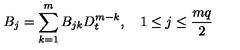
B _ { j } = \sum _ { k = 1 } ^ { m } B _ { j k } D _ { t } ^ { m - k } , \quad 1 \leq j \leq \frac { m q } { 2 }